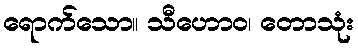
ရောက်သော။ သီဟောဝ၊ တောသုံး